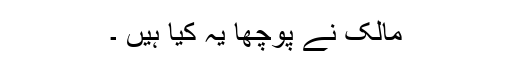
مالک نے پوچھا یہ کیا ہیں ۔